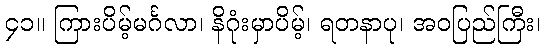
၄၁။ ကြားပိမ့်မင်္ဂလာ၊ နိဂုံးမှာပိမ့်၊ ရတနာပု၊ အဝပြည်ကြီး၊